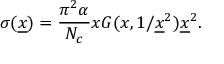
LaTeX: \sigma ( { \underline { { x } } } ) = { \frac { \pi ^ { 2 } \alpha } { N _ { c } } } x G ( x , 1 / { \underline { { x } } } ^ { 2 } ) { \underline { { x } } } ^ { 2 } .